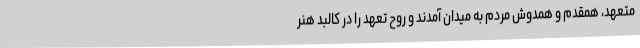
متعهد، همقدم و همدوش مردم به میدان آمدند و روح تعهد را در کالبد هنر